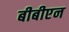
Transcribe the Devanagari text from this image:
बीबीएन